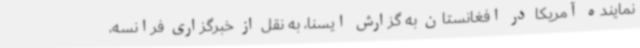
نماینده آمریکا در افغانستان به گزارش ایسنا، به نقل از خبرگزاری فرانسه،